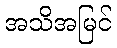
အသိအမြင်